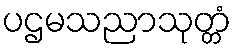
ပဌမသညာသုတ္တံ